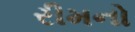
રીમનો